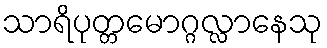
သာရိပုတ္တမောဂ္ဂလ္လာနေသု